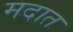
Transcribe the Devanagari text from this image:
मदात